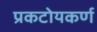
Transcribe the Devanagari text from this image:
प्रकटोयकर्ण